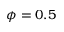
\phi = 0 . 5